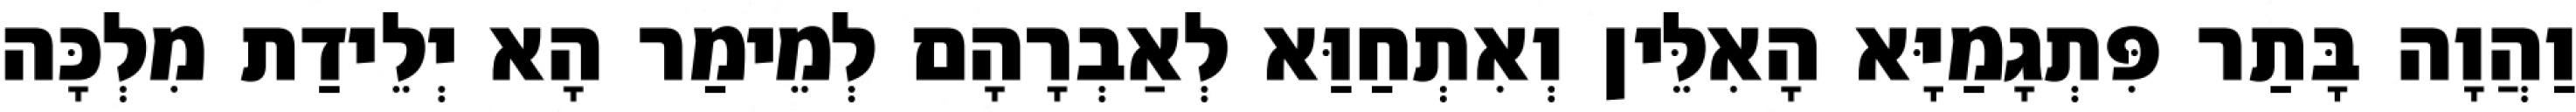
וַהֲוָה בָּתַר פִּתְגָמַיָּא הָאִלֵּין וְאִתְחַוַּא לְאַבְרָהָם לְמֵימַר הָא יְלֵידַת מִלְכָּה